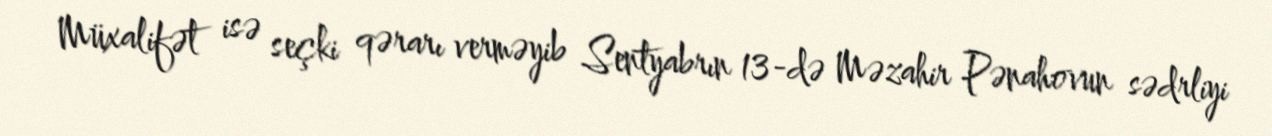
Müxalifət isə seçki qərarı verməyib Sentyabrın 13-də Məzahir Pənahovun sədrliyi